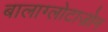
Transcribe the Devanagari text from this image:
बालाग्लोटाज़ोन